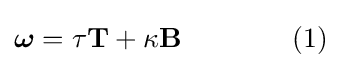
{\boldsymbol {\omega }}=\tau \mathbf {T} +\kappa \mathbf {B} \qquad \qquad (1)